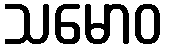
သမောဝ